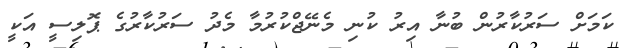
ކަމަށް ސަރުކާރުން ބުނާ އިރު ކުނި މެނޭޖްކުރުމާ މެދު ސަރުކާރުގެ ޕޮލިސީ އަކީ